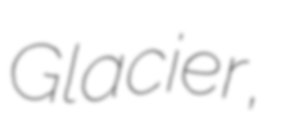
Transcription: Glacier,